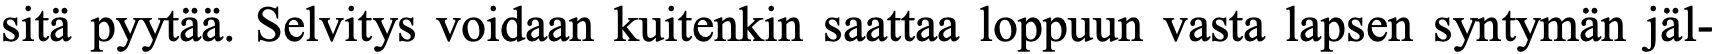
sitä pyytää. Selvitys voidaan kuitenkin saattaa loppuun vasta lapsen syntymän jäl-